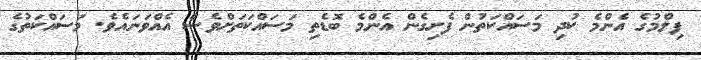
ފިލްމުގެ އެންމެ ކުދި މަސައްކަތުން ފެށިގެން އެންމެ ބޮޑެތި މަސައްކަތަށްވެސް އެއްވަނައެވެ. މަސައްކަތުގެ